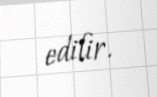
edilir.